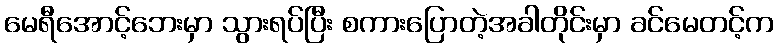
မေရီအောင့်ဘေးမှာ သွားရပ်ပြီး စကားပြောတဲ့အခါတိုင်းမှာ ခင်မေတင့်က